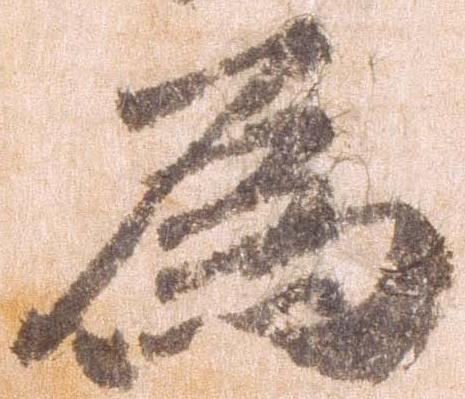
為